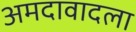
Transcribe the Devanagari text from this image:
अमदावादला